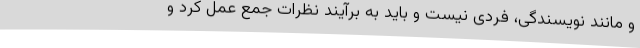
و مانند نویسندگی، فردی نیست و باید به برآیند نظرات جمع عمل کرد و